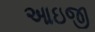
આઇજી